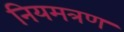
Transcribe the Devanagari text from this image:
नियमत्रण